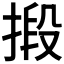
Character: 𢯫